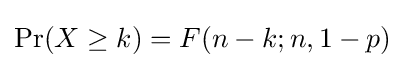
\Pr(X\geq k)=F(n-k;n,1-p)